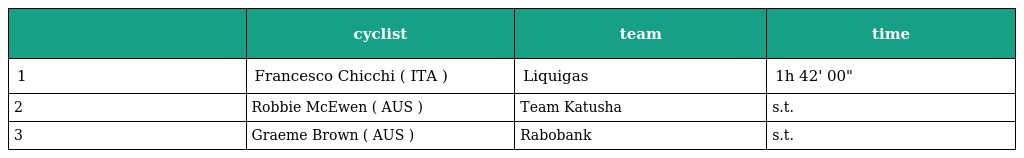
|  | cyclist | team | time |
 | --- | --- | --- | --- |
 | 1 | Francesco Chicchi ( ITA ) | Liquigas | 1h 42' 00" |
 | 2 | Robbie McEwen ( AUS ) | Team Katusha | s.t. |
 | 3 | Graeme Brown ( AUS ) | Rabobank | s.t. |